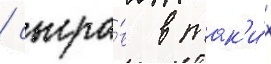
/ сыгра́в в так'и́х